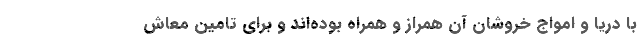
با دریا و امواج خروشان آن همراز و همراه بوده‌اند و برای تامین معاش